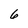
Character: 6